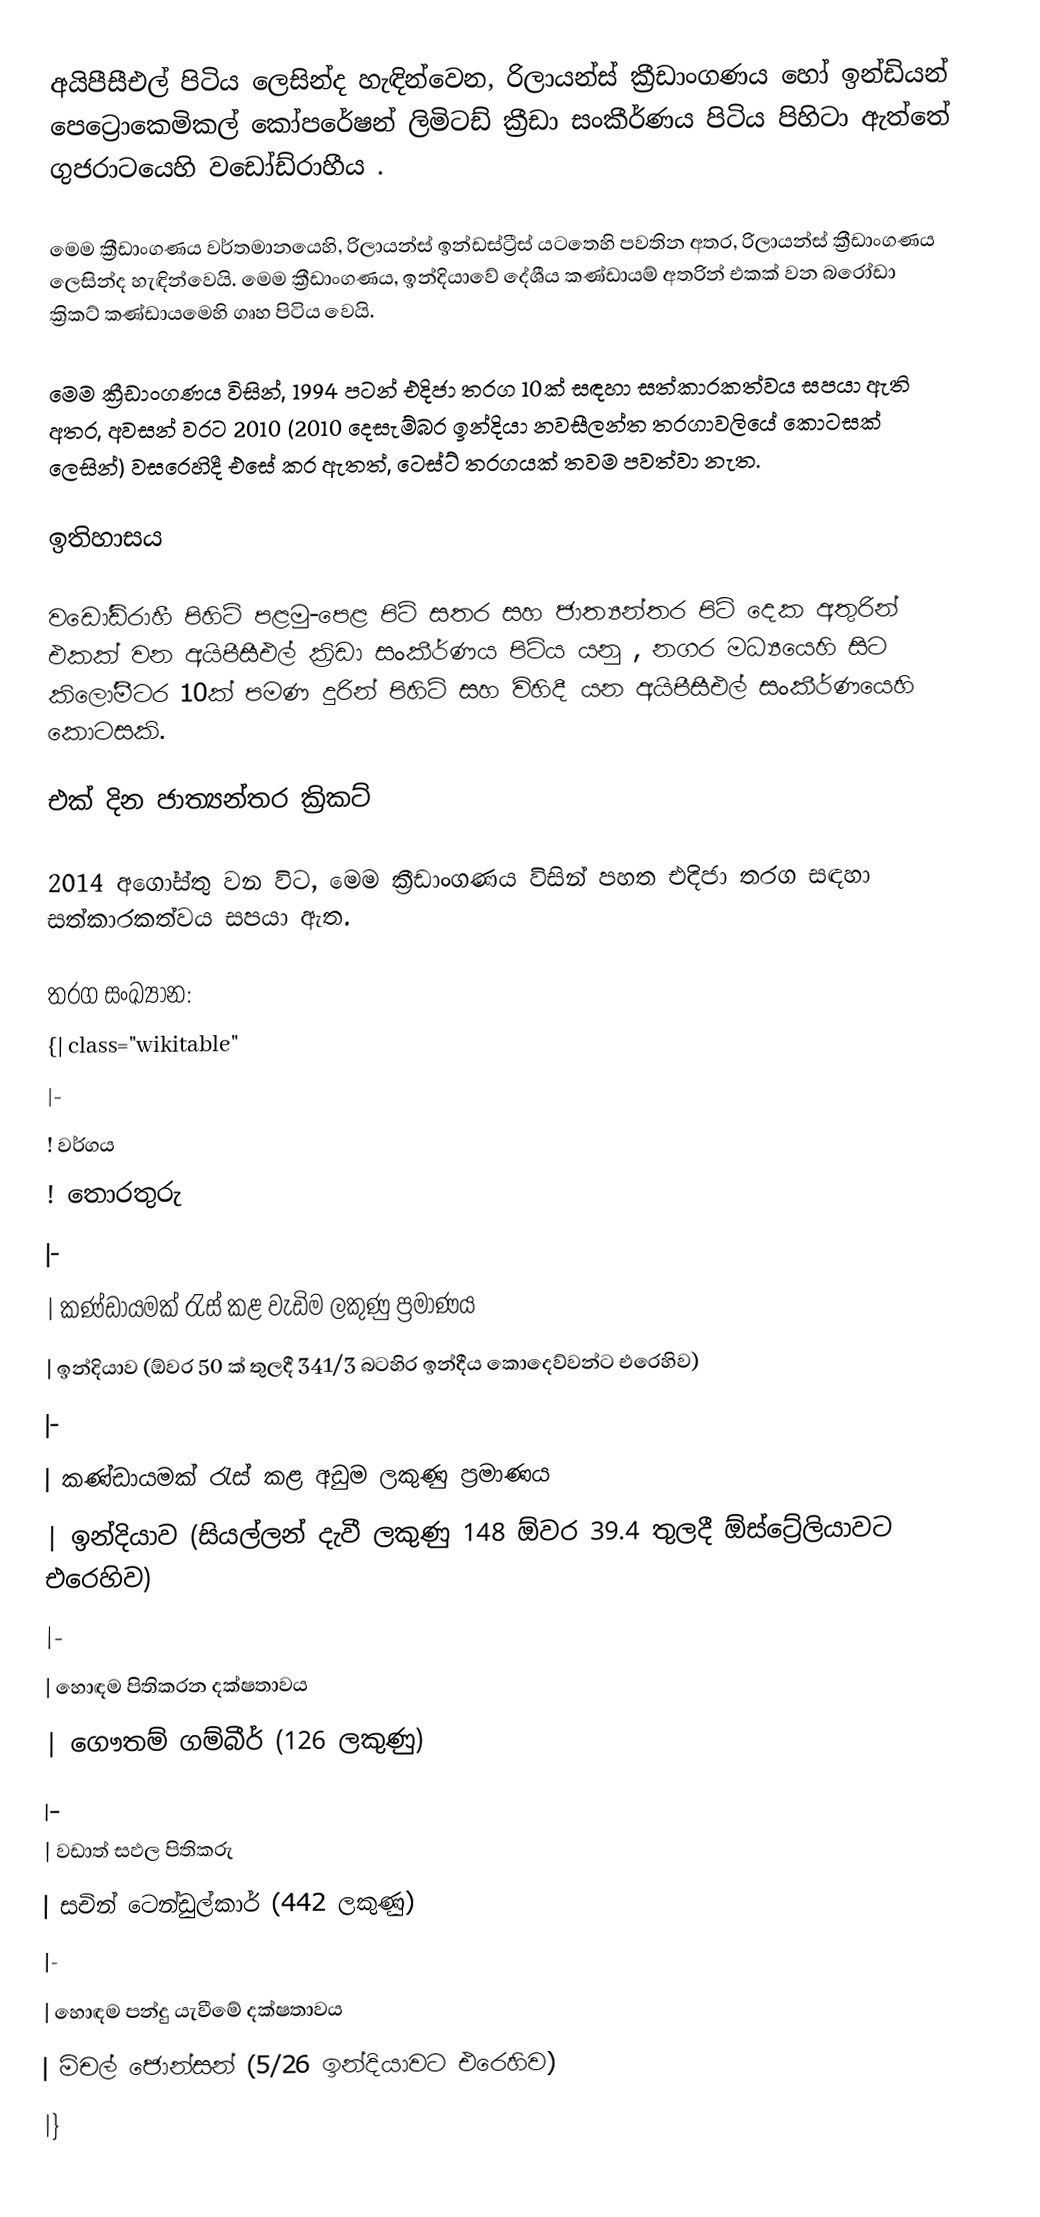
අයිපීසීඑල් පිටිය ලෙසින්ද හැඳින්වෙන,  රිලායන්ස් ක්‍රීඩාංගණය හෝ ඉන්ඩියන් පෙට්‍රොකෙමිකල් කෝපරේෂන් ලිමිටඩ් ක්‍රීඩා සංකීර්ණය පිටිය  පිහිටා ඇත්තේ  ගුජරාටයෙහි  වඩෝඩ්රාහීය .

මෙම ක්‍රීඩාංගණය වර්තමානයෙහි,  රිලායන්ස් ඉන්ඩස්ට්‍රීස් යටතෙහි පවතින අතර, රිලායන්ස් ක්‍රීඩාංගණය ලෙසින්ද හැඳින්වෙයි. මෙම ක්‍රීඩාංගණය, ඉන්දියාවේ දේශීය කණ්ඩායම් අතරින් එකක් වන  බරෝඩා ක්‍රිකට් කණ්ඩායමෙහි ගෘහ පිටිය වෙයි.

මෙම ක්‍රීඩාංගණය විසින්,  1994 පටන් එදිජා තරග 10ක් සඳහා සත්කාරකත්වය සපයා ඇති අතර, අවසන් වරට  2010 (2010 දෙසැම්බර ඉන්දියා නවසීලන්ත තරගාවලියේ කොටසක් ලෙසින්) වසරෙහිදී එසේ කර ඇතත්, ටෙස්ට් තරගයක් තවම පවත්වා නැත.

ඉතිහාසය

 වඩෝඩ්රාහී පිහිටි පළමු-පෙළ පිටි සතර සහ ජාත්‍යන්තර පිටි දෙක අතුරින් එකක් වන අයිපීසීඑල් ක්‍රිඩා සංකීර්ණය පිටිය යනු , නගර මධ්‍යයෙහි සිට කිලෝමීටර 10ක් පමණ දුරින් පිහිටි සහ විහිදී යන අයිපීසීඑල් සංකීර්ණයෙහි කොටසකි.

එක් දින ජාත්‍යන්තර ක්‍රිකට්

2014 අගෝස්තු වන විට, මෙම ක්‍රීඩාංගණය විසින් පහත  එදිජා තරග සඳහා සත්කාරකත්වය සපයා ඇත.

තරග සංඛ්‍යාන:
{| class="wikitable"
|-
! වර්ගය
! තොරතුරු
|-
| කණ්ඩායමක් රැස් කළ වැඩිම ලකුණු ප්‍රමාණය
| ඉන්දියාව (ඕවර 50 ක් තුලදී 341/3 බටහිර ඉන්දීය කොදෙව්වන්ට එරෙහිව)
|-
| කණ්ඩායමක් රැස් කළ අඩුම ලකුණු ප්‍රමාණය
| ඉන්දියාව (සියල්ලන් දැවී ලකුණු 148 ඕවර 39.4 තුලදී ඕස්ට්‍රේලියාවට එරෙහිව)
|-
| හොඳම පිතිකරන දක්ෂතාවය
| ගෞතම් ගම්බීර් (126 ලකුණු)
|-
| වඩාත් සඵල පිතිකරු
|  සචින් ටෙන්ඩුල්කාර් (442 ලකුණු)
|-
| හොඳම පන්දු යැවීමේ දක්ෂතාවය
| මිචල් ජොන්සන් (5/26 ඉන්දියාවට එරෙහිව)
|}